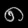
Digit: ၈